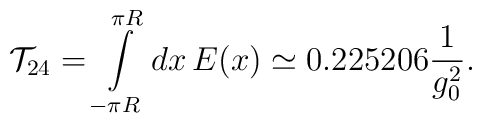
{\cal T}_{24}=\int\limits_{-\pi R}^{\pi R} dx\, E(x)\simeq 0.225206 \frac{1}{g_0^2}.